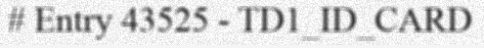
# Entry 43525 - TD1_ID_CARD